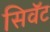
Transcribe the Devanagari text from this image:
सिवॅट